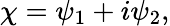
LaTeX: \chi=\psi_{1}+i\psi_{2},